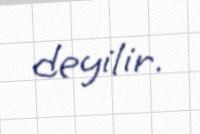
deyilir.